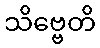
သိဗ္ဗေတိ